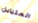
المتبادل